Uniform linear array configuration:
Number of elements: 32
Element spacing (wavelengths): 0.5
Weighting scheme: cosine
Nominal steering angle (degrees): -45
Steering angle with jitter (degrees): -46.082
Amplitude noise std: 0.05
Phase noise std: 0.05

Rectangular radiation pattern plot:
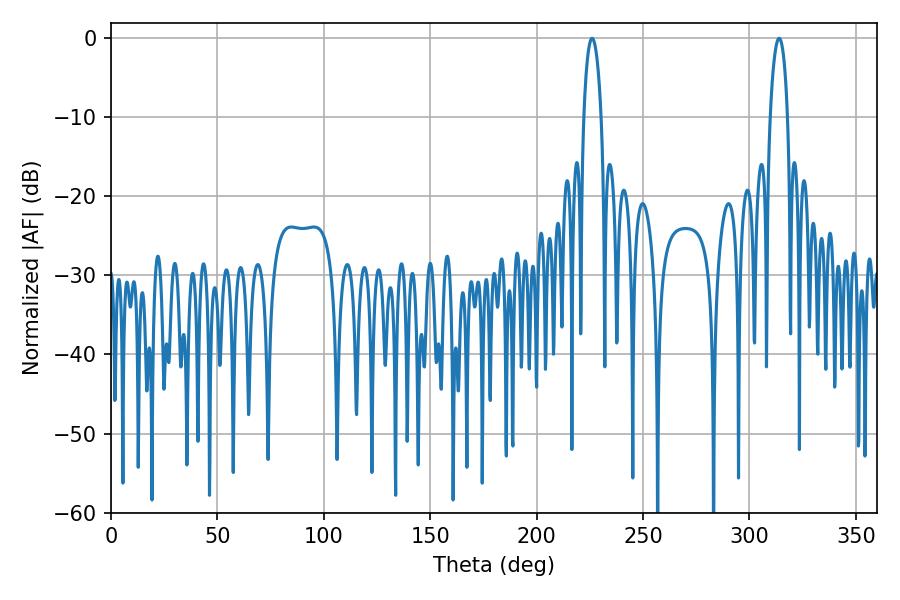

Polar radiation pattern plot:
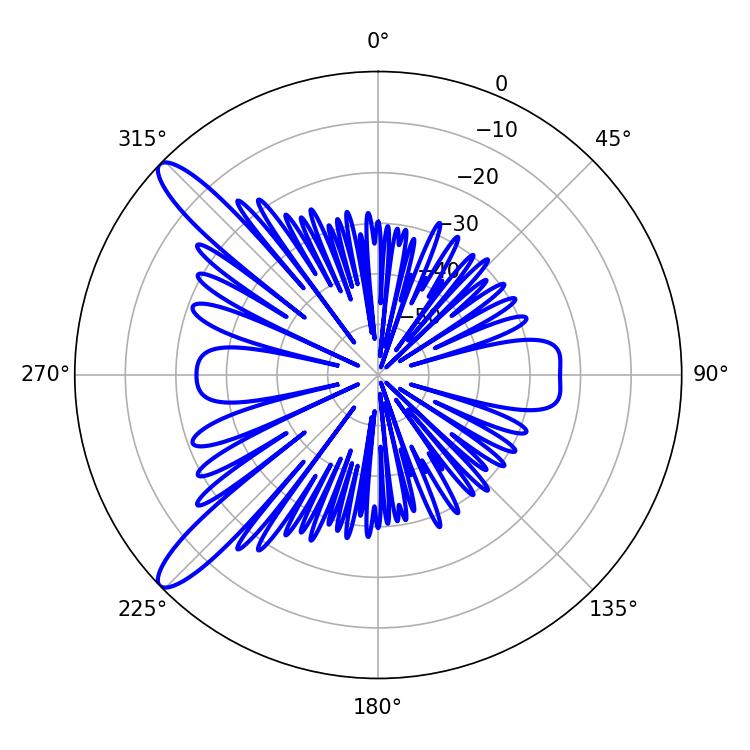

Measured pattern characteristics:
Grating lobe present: FALSE
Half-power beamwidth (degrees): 4.68
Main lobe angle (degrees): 226.08